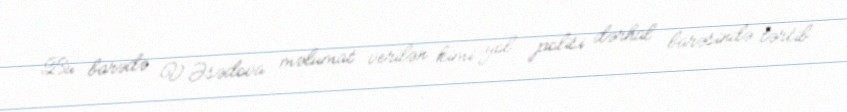
Bu barədə V.Əsədova məlumat verilən kimi yol polisi dərhal barəsində tərtib